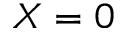
X = 0